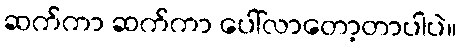
ဆက်ကာ ဆက်ကာ ပေါ်လာတော့တာပါပဲ။